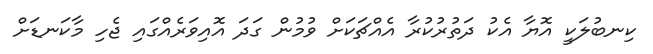
ކިނބުލަކީ އޮޔާ އެކު ދަތުރުކުރާ އެއްޗަކަށް ވުމުން ގަދަ އޮއިވަރެއްގައި ޖެހި މާކަނޑަށް